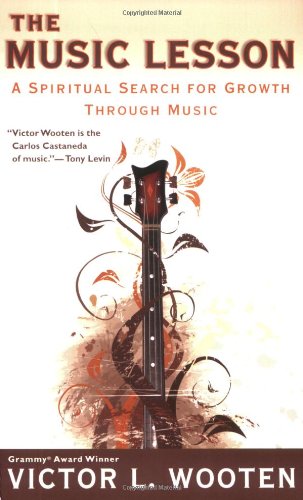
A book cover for The Music Lesson: A Spiritual Search for Growth Through Music; Victor L. Wooten; Arts & Photography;